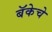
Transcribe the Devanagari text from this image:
बॅकेचे